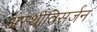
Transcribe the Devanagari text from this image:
अस्थीविसर्जन